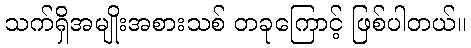
သက်ရှိအမျိုးအစားသစ် တခုကြောင့် ဖြစ်ပါတယ်။